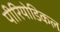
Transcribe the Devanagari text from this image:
पीरियोडिकल